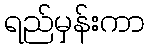
ရည်မှန်းကာ